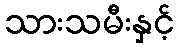
သားသမီးနှင့်